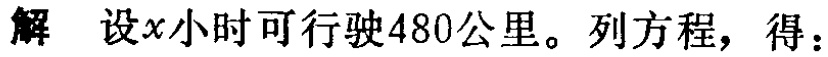
解 设\(x\)小时可行驶\(480\)公里。列方程，得：